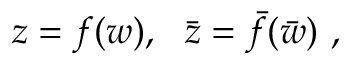
z = f ( w ) , ~ ~ \bar { z } = \bar { f } ( \bar { w } ) ~ ,